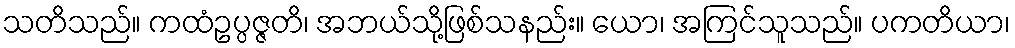
သတိသည်။ ကထံဥပ္ပဇ္ဇတိ၊ အဘယ်သို့ဖြစ်သနည်း။ ယော၊ အကြင်သူသည်။ ပကတိယာ၊